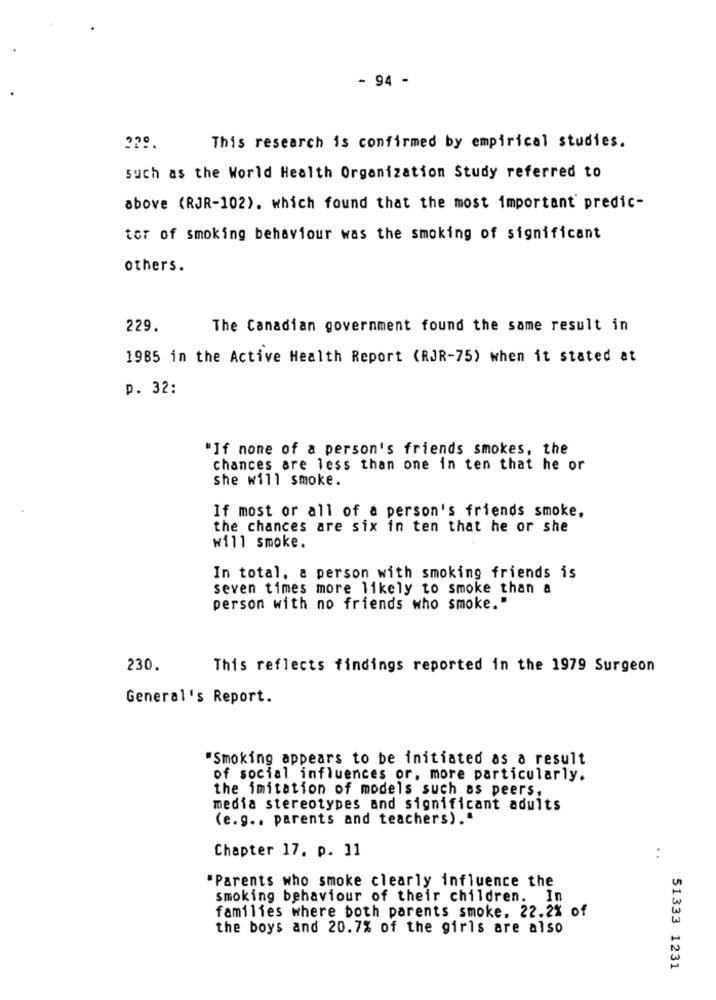
- 94 -
This research is confirmed by empirical studies.
such as the World Health Organization Study referred to
above (RJR-102). which found that the most important' predic-
tor of smoking behaviour was the smoking of significant
others.
229.
The Canadian government found the same result in
1985 in the Active Health Report (RJR-75) when it stated at
p. 32:
"If none of a person's friends smokes, the
chances are less than one in ten that he or
she will smoke.
If most or all of a person's friends smoke,
the chances are six in ten that he or she
w111 smoke.
In total, a person with smoking friends is
seven times more likely to smoke than a
person with no friends who smoke."
230.
This reflects findings reported in the 1979 Surgeon
General's Report.
"Smoking appears to be initiated as a result
of social influences or, more particularly.
the imitation of models such as peers,
media stereotypes and significant adults
(e.g .. parents and teachers)."
Chapter 17. p. 11
. .
"Parents who smoke clearly influence the
smoking behaviour of their children. In
families where both parents smoke. 22.2% of
the boys and 20.7% of the girls are also
51333 1231